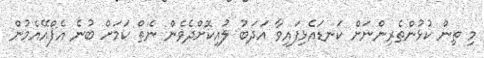
މި ތިން ކުޅުންތެރިންނަށް ކަނޑައެޅިފައިވާ އަދަބު ލުއިކޮށްދެވެން ނެތް ކަމަށް ބުނެ އެފްއޭއެމުން